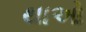
થાઓ